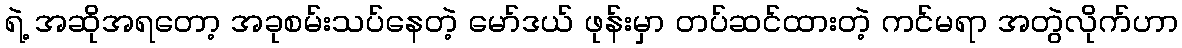
ရဲ့ အဆိုအရတော့ အခုစမ်းသပ်နေတဲ့ မော်ဒယ် ဖုန်းမှာ တပ်ဆင်ထားတဲ့ ကင်မရာ အတွဲလိုက်ဟာ